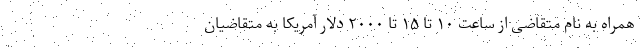
همراه به نام متقاضی از ساعت ۱۰ تا ۱۵ تا ۲۰۰۰ دلار آمریکا به متقاضیان